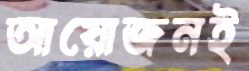
আয়োজনই